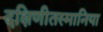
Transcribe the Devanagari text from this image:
दक्षिणीतस्मानिया